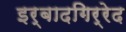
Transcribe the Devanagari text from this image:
इर्बादगिर्रेद